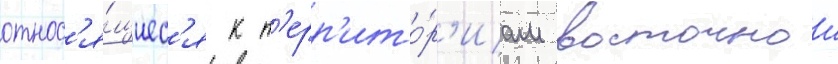
относ'я́щиес'я к т'ерр'ито́р'иам восточнои